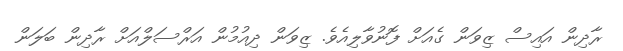
ރާދިން އައިސް ޒިވަން ގެއަށް ފޮނުވާލިއެވެ. ޒިވަން ދިއުމުން އަރްސަލްއަށް ރާދިން ބަލަން